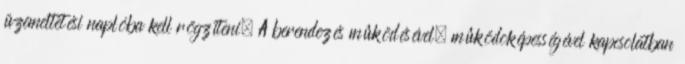
üzemeltetési naplóba kell rögzíteni. A berendezés mûködésével, mûködõképességével kapcsolatban